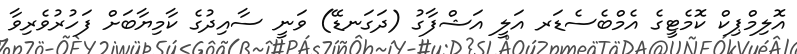
އޮލިމްޕިކް ކޮމެޓީގެ އެމްބެސެޑަރ އަލީ އަޝްފާގު (ދަގަނޑޭ) ވަނީ ސާއިދުގެ ކާމިޔާބަށް ފަހުރުވެރިވާ